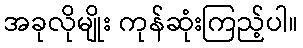
အခုလိုမျိုး ကုန်ဆုံးကြည့်ပါ။